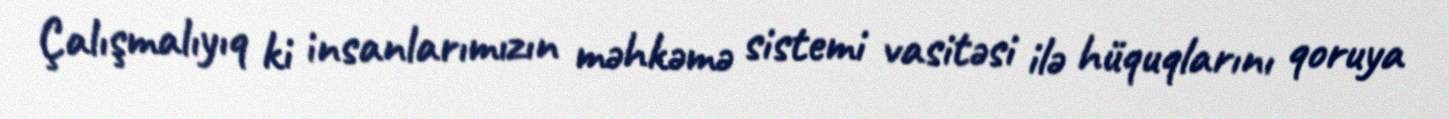
Çalışmalıyıq ki insanlarımızın məhkəmə sistemi vasitəsi ilə hüquqlarını qoruya